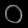
Digit: ၀